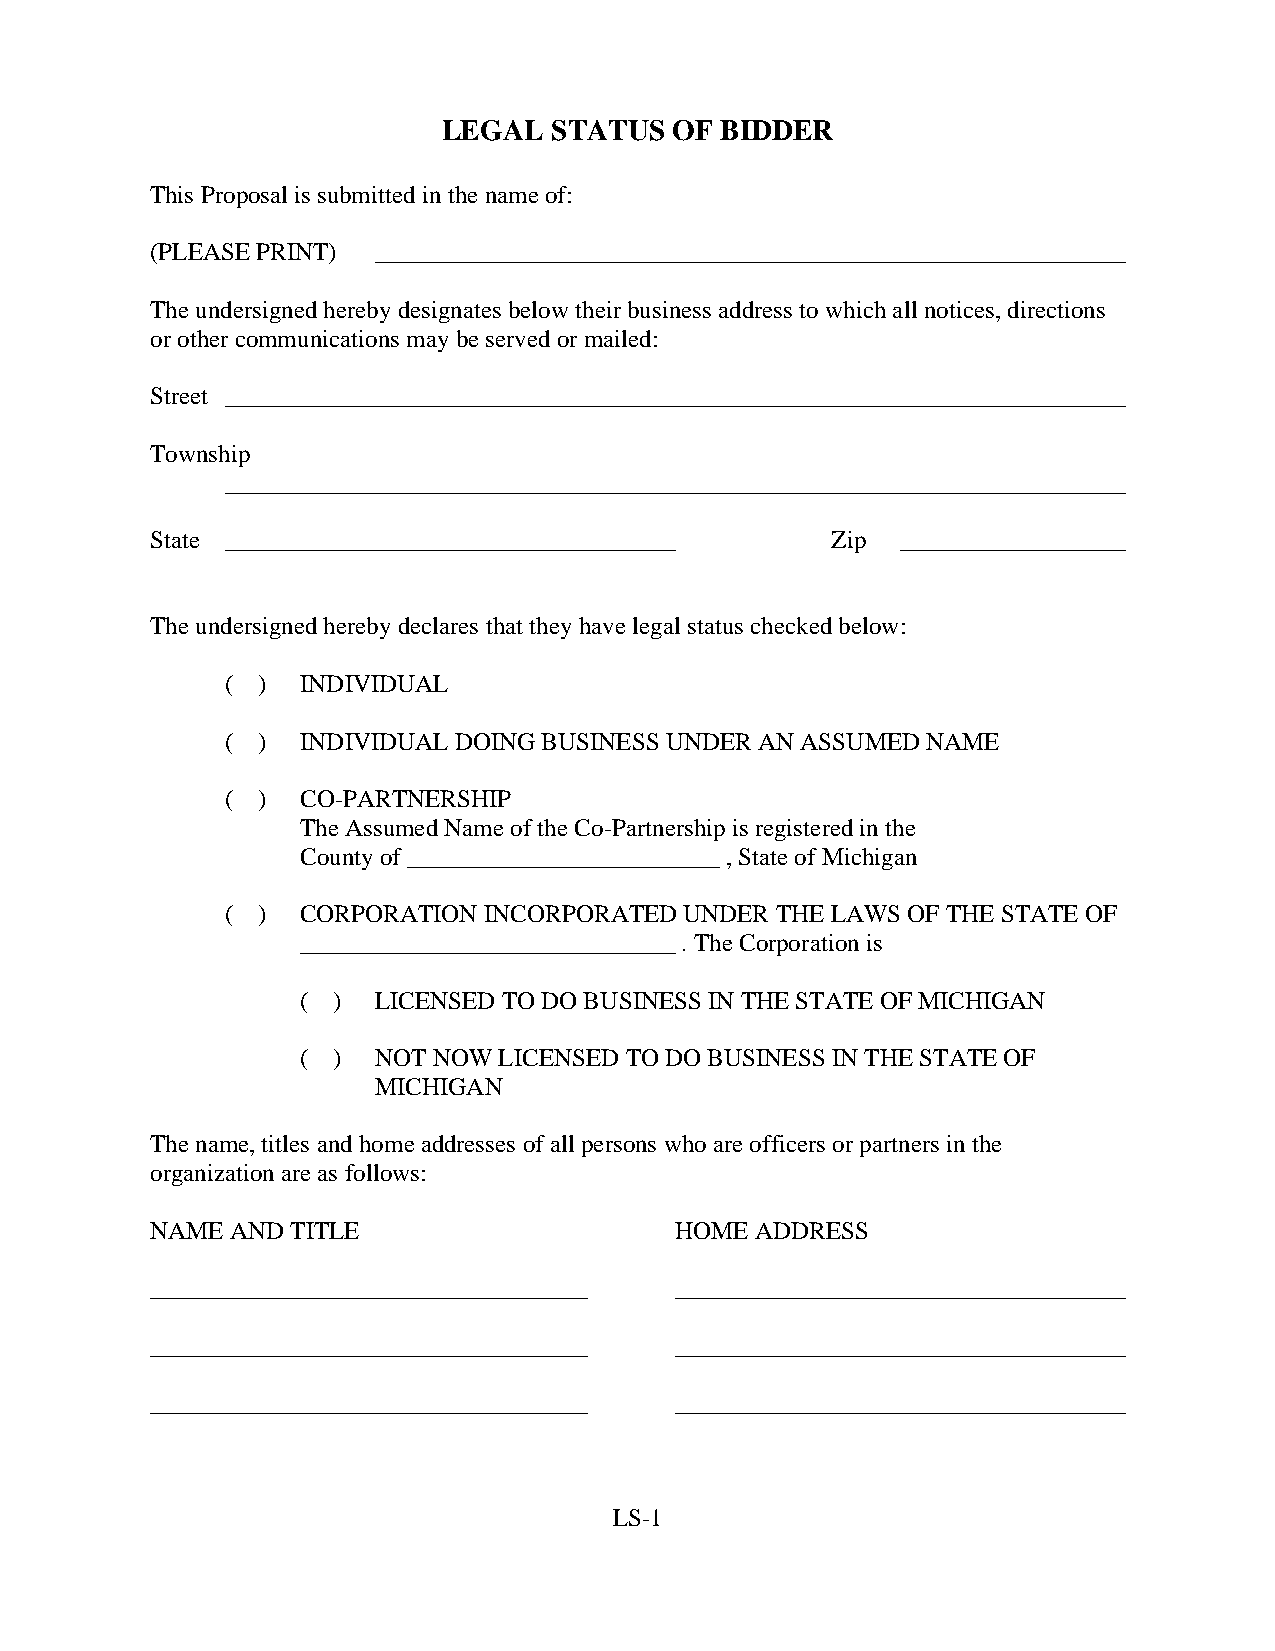
LEGAL   STATUS  OF BIDDER
 This Proposal is submitted in the name of:
 (PLEASE PRINT) ____________________________________________________________
 The undersigned hereby designates below their business address to which all notices, directions
 or other communications may be served or mailed:
 Street ________________________________________________________________________
 Township
 ________________________________________________________________________
 State ____________________________________   Zip  __________________
 The undersigned hereby declares that they have legal status checked below:
 ( )  INDIVIDUAL
 ( )  INDIVIDUAL DOING BUSINESS UNDER AN ASSUMED NAME
 ( )  CO-PARTNERSHIP
 The Assumed Name of the Co-Partnership is registered in the
 County of _________________________ , State of Michigan
 ( )  CORPORATION INCORPORATED UNDER THE LAWS OF THE STATE OF
 ______________________________ . The Corporation is
 ( )  LICENSED TO DO BUSINESS IN THE STATE OF MICHIGAN
 ( )  NOT NOW LICENSED TO DO BUSINESS IN THE STATE OF
 MICHIGAN
 The name, titles and home addresses of all persons who are officers or partners in the
 organization are as follows:
 NAME AND TITLE                     HOME ADDRESS
 ___________________________________ ____________________________________
 ___________________________________ ____________________________________
 ___________________________________ ____________________________________
 LS-1